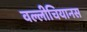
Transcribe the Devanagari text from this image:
वल्लीचियानस